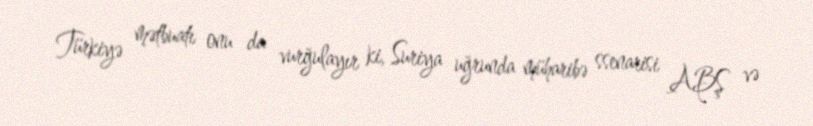
Türkiyə mətbuatı onu da vurğulayır ki, Suriya uğrunda müharibə ssenarisi ABŞ və